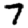
Digit: 7